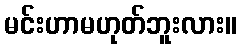
မင်းဟာမဟုတ်ဘူးလား။